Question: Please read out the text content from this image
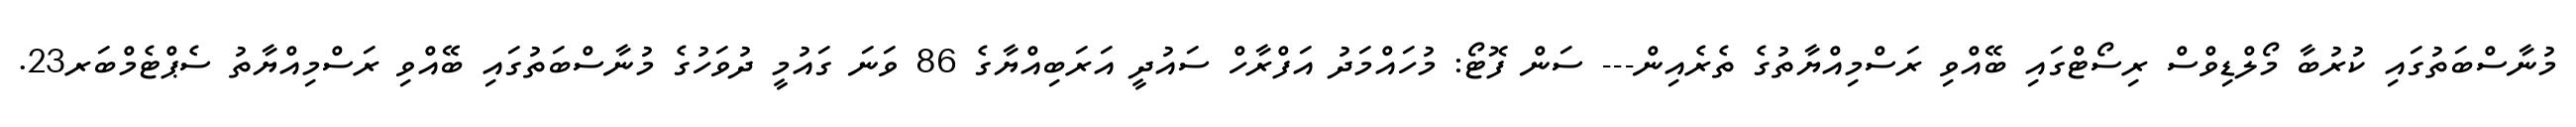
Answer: މުނާސްބަތުގައި ކުރުބާ މޯލްޑިވްސް ރިސޯޓްގައި ބޭއްވި ރަސްމިއްޔާތުގެ ތެރެއިން--- ސަން ފޮޓޯ: މުހައްމަދު އަފްރާހް ސައުދީ އަރަބިއްޔާގެ 86 ވަނަ ގައުމީ ދުވަހުގެ މުނާސްބަތުގައި ބޭއްވި ރަސްމިއްޔާތު ސެޕްޓެމްބަރ23.